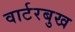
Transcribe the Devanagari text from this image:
वार्टरबुख